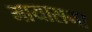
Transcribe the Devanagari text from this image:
मायासभा